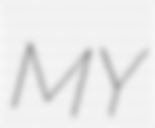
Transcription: MY